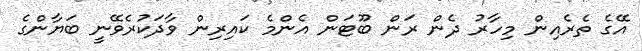
އޭގެ ތެރެއިން މިހާރު ދެން ރަން ބޫޓަން އެންމެ ކައިރިން ވާދަކުރެވޭނީ ބަޔާންގެ